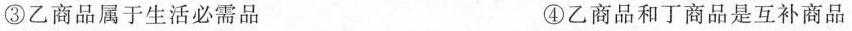
③乙商品属于生活必需品 ④乙商品和丁商品是互补商品